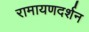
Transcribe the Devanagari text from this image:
रामायणदर्शन